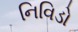
નિવિડો